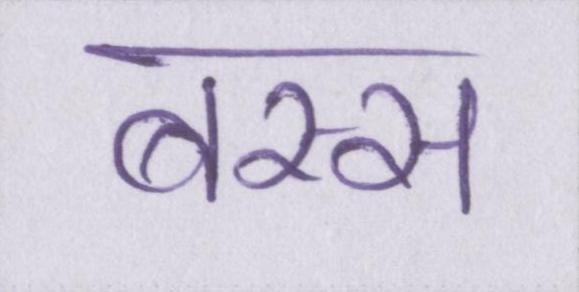
बस्स